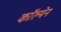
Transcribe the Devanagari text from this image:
काॅल्मेन